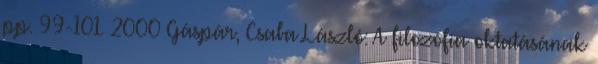
pp. 99-101. 2000 Gáspár, Csaba László: A filozófia oktatásának